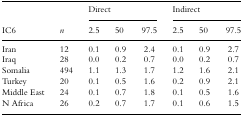
<table><thead><tr><td></td><td></td><td colspan="3"><b>Direct</b></td><td colspan="3"><b>Indirect</b></td></tr><tr><td><b>IC6</b></td><td><b><i>n</i></b></td><td><b>2.5</b></td><td><b>50</b></td><td><b>97.5</b></td><td><b>2.5</b></td><td><b>50</b></td><td><b>97.5</b></td></tr></thead><tbody><tr><td>Iran</td><td>12</td><td>0.1</td><td>0.9</td><td>2.4</td><td>0.1</td><td>0.9</td><td>2.7</td></tr><tr><td>Iraq</td><td>28</td><td>0.0</td><td>0.2</td><td>0.7</td><td>0.0</td><td>0.2</td><td>0.7</td></tr><tr><td>Somalia</td><td>494</td><td>1.1</td><td>1.3</td><td>1.7</td><td>1.2</td><td>1.6</td><td>2.1</td></tr><tr><td>Turkey</td><td>20</td><td>0.1</td><td>0.5</td><td>1.6</td><td>0.2</td><td>0.9</td><td>2.1</td></tr><tr><td>Middle East</td><td>24</td><td>0.1</td><td>0.7</td><td>1.8</td><td>0.1</td><td>0.5</td><td>1.6</td></tr><tr><td>N Africa</td><td>26</td><td>0.2</td><td>0.7</td><td>1.7</td><td>0.1</td><td>0.6</td><td>1.5</td></tr></tbody></table>